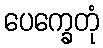
ပေက္ခေတုံ